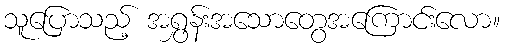
သူပြောသည့် အရွှန်းအသောတွေအကြောင်းလော။